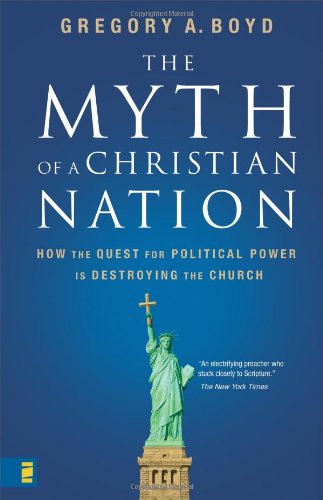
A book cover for The Myth of a Christian Nation: How the Quest for Political Power Is Destroying the Church; Gregory A. Boyd; Christian Books & Bibles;